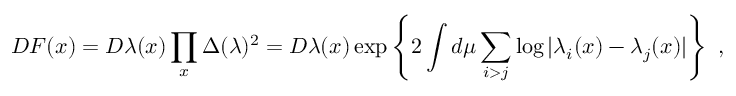
{ \cal D } F ( x ) = { \cal D } \lambda ( x ) \prod _ { x } \Delta ( \lambda ) ^ { 2 } = { \cal D } \lambda ( x ) \exp \left\{ 2 \int d \mu \sum _ { i > j } \log | \lambda _ { i } ( x ) - \lambda _ { j } ( x ) | \right\} ~ ,